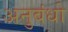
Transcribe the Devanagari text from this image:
अनुबंधो